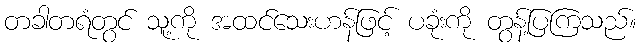
တခါတရံတွင် သူ့ကို အထင်သေးဟန်ဖြင့် ပခုံးကို တွန့်ပြကြသည်။